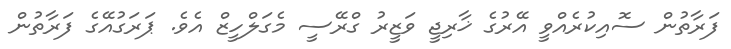
ފަރާތުން ސޮއިކުރެއްވީ އޭރުގެ ޚާރިޖީ ވަޒީރު ގްރޭސީ މެގަލްހީޒް އެވެ. ޕަރަގުއޭގެ ފަރާތުން